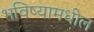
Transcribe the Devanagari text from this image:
भविष्यामधील